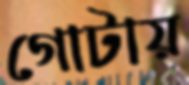
গোটায়